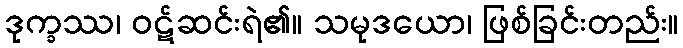
ဒုက္ခဿ၊ ဝဋ်ဆင်းရဲ၏။ သမုဒယော၊ ဖြစ်ခြင်းတည်း။